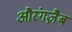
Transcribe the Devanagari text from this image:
औरंगज़ैब